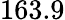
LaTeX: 163.9